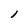
Character: l